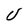
Character: U